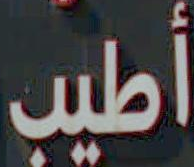
أطيب